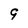
Character: 9